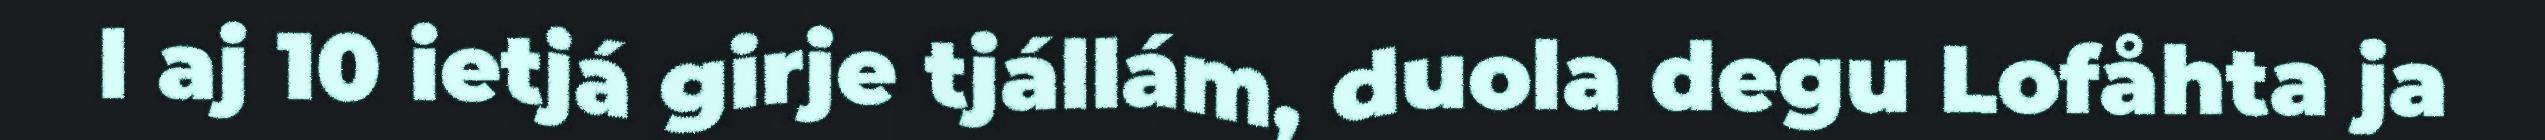
l aj 10 ietjá girje tjállám, duola degu Lofåhta ja